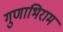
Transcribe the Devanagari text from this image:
गुणाभिराम